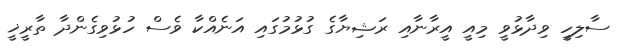
ސާލިހީ ވިދާޅުވީ މިއީ އީރާނާއި ރަޝިޔާގެ ގުޅުމުގައި އަނެއްކާ ވެސް ހުޅުވިގެންދާ ތާރީޚީ